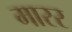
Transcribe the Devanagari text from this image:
मारर